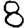
Digit: 8